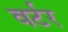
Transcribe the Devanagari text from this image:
वर्टर